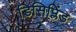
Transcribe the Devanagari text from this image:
डिसिप्लिंड